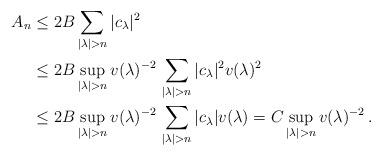
LaTeX: \begin{align*}A_n &\leq 2 B \sum _{|\lambda | >n} |c_\lambda |^2 \\&\leq 2 B \sup _{|\lambda | >n} v(\lambda )^{-2} \, \sum _{|\lambda | >n} |c_\lambda |^2 v(\lambda )^2 \\& \leq 2 B \sup _{|\lambda | >n} v(\lambda )^{-2} \, \sum _{|\lambda | >n} |c_\lambda | v(\lambda ) = C \sup _{|\lambda | >n} v(\lambda)^{-2} \, . \end{align*}